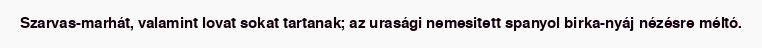
Szarvas-marhát, valamint lovat sokat tartanak; az urasági nemesitett spanyol birka-nyáj nézésre méltó.